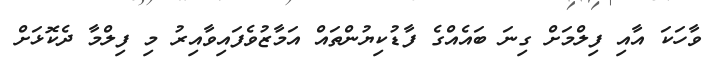
ވާހަކަ އާއި ފިލްމަށް ގިނަ ބައެއްގެ ފާޑުކިޔުންތައް އަމާޒުވެފައިވާއިރު މި ފިލްމާ ދެކޮޅަށް